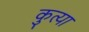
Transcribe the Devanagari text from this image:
कुत्या